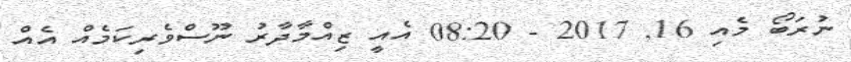
ނުރަބޯ މެއި 16